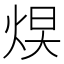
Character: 𪸮